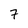
Character: 7